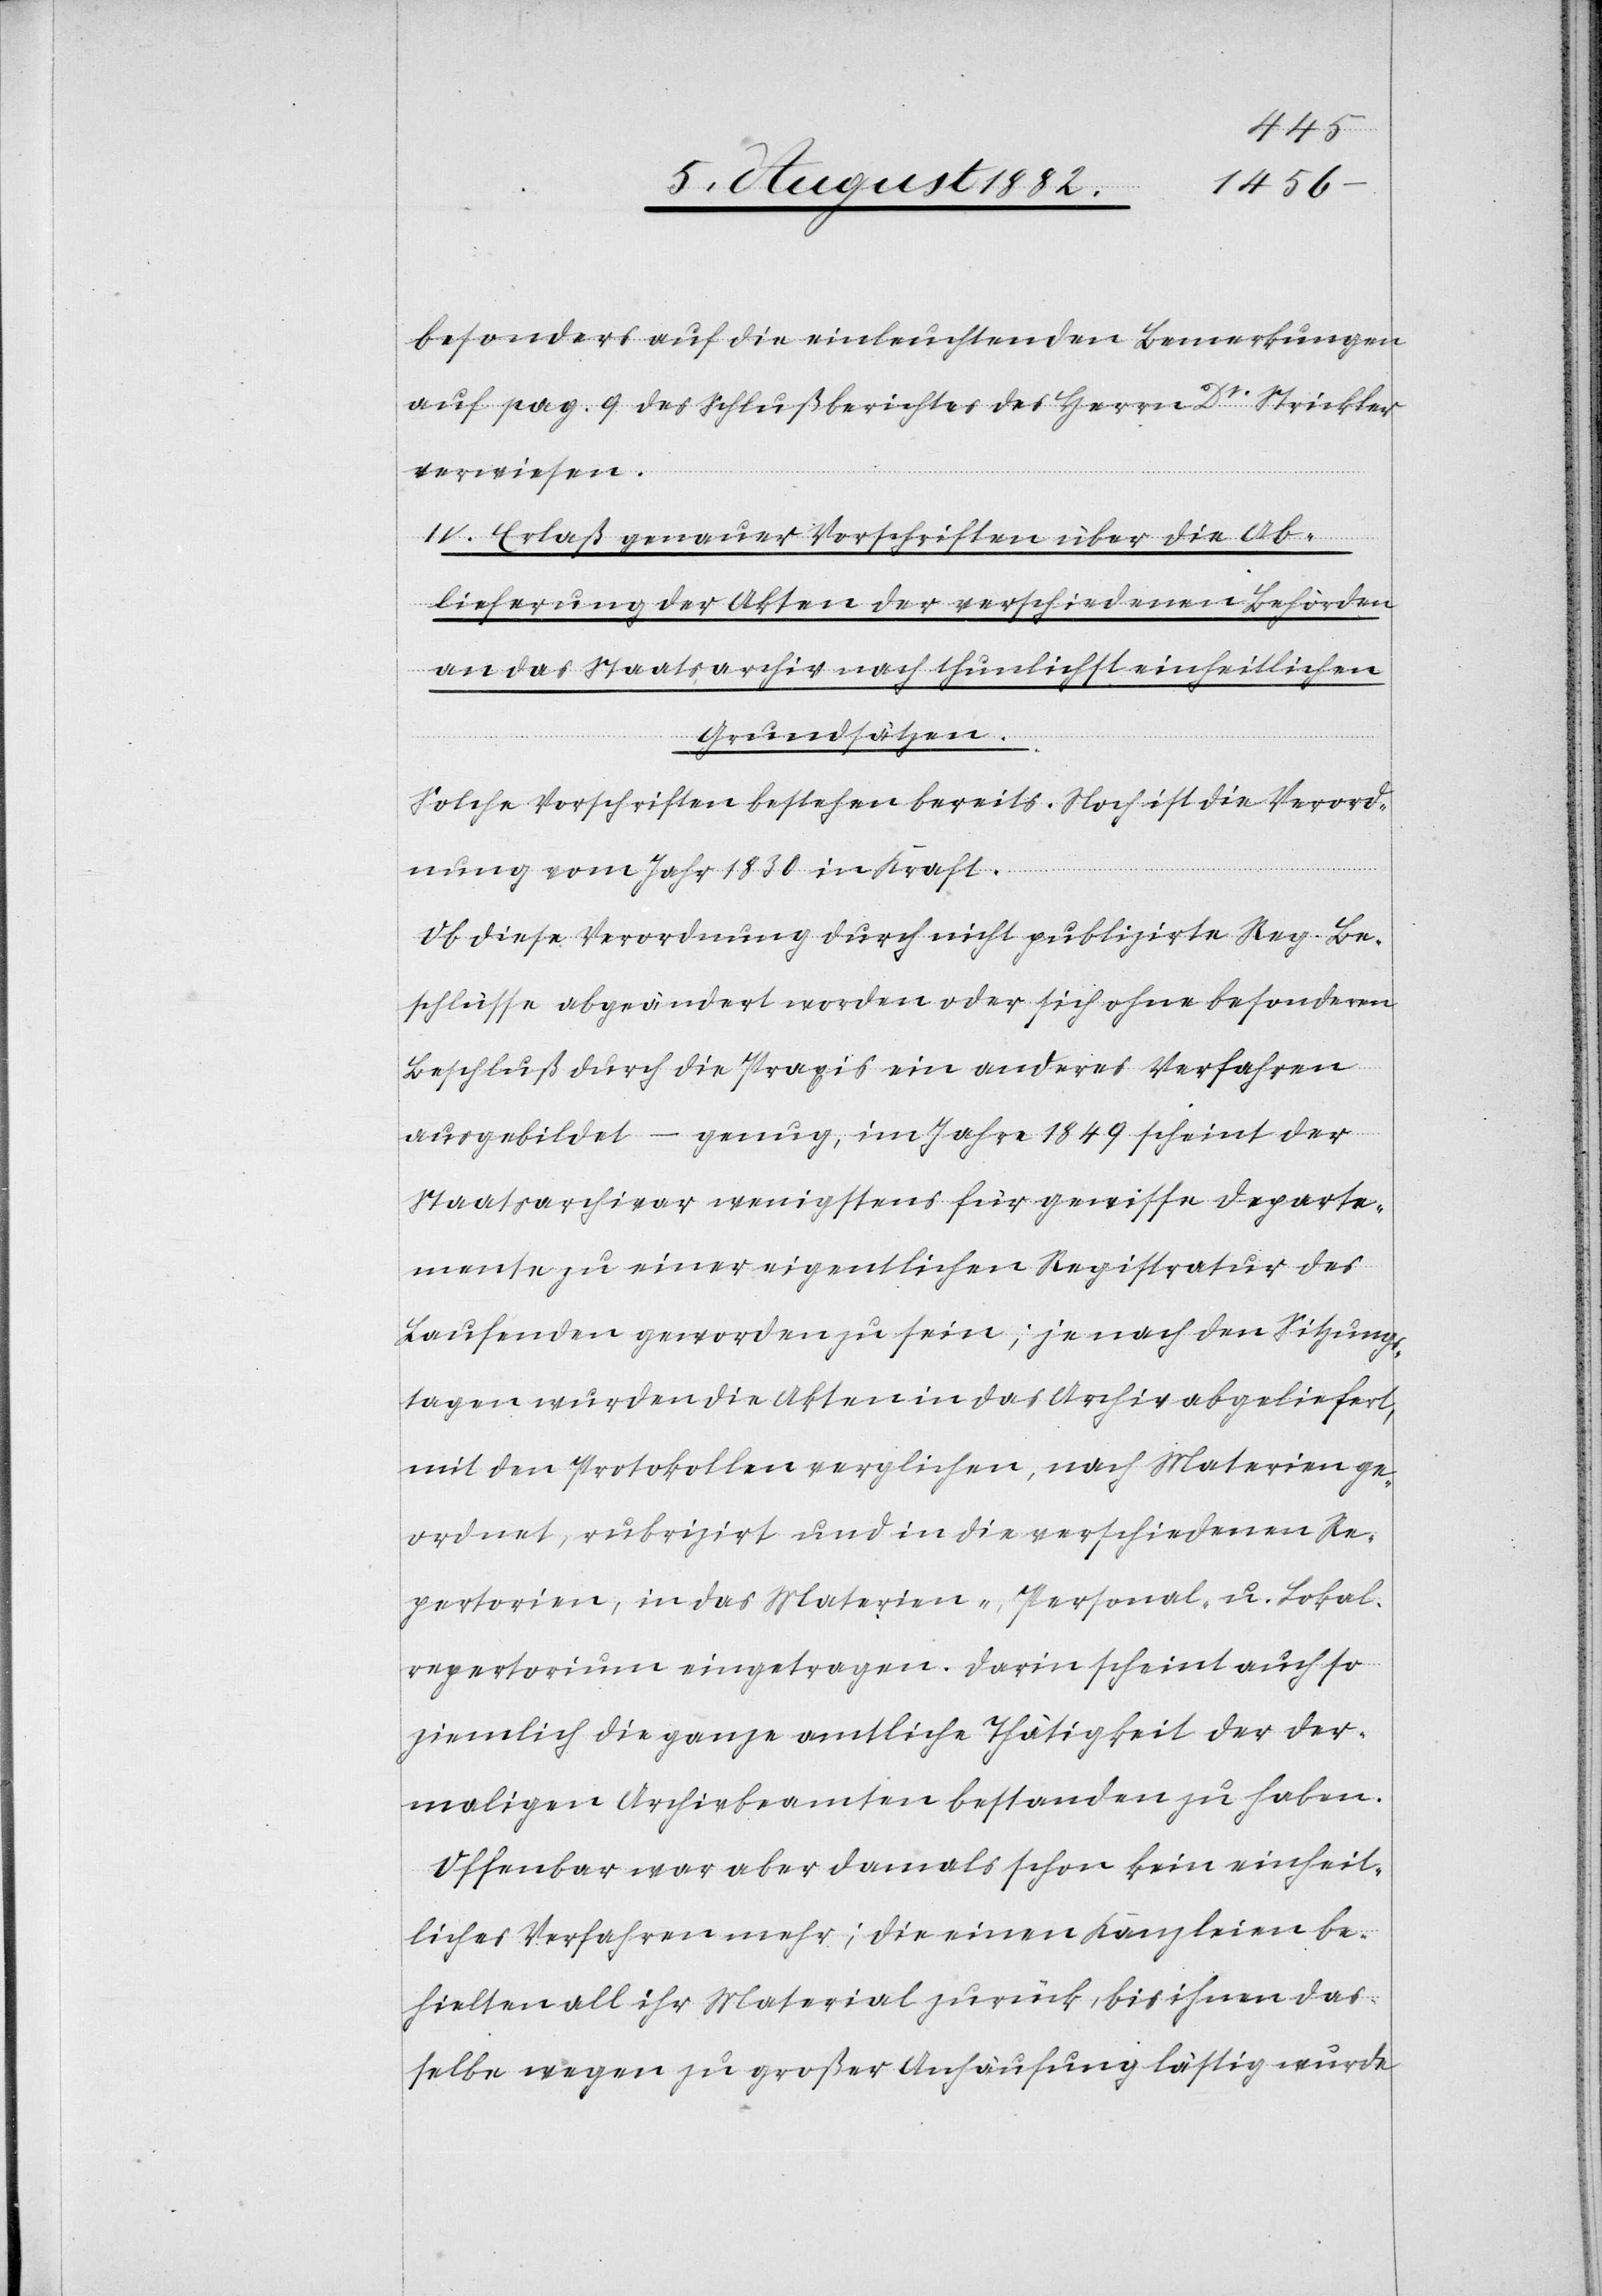
besonders auf die einleuchtenden Bemerkungen
auf pag. 9 des Schlußberichtes des Herrn Dr Strickler
verwiesen.
IV. Erlaß genauer Vorschriften über die Ab¬
lieferung der Akten der verschiedenen Behörden
an das Staatsarchiv nach thunlichst einheitlichen
Grundsätzen.
Solche Vorschriften bestehen bereits. Noch ist die Verord¬
nung vom Jahr 1830 in Kraft.
Ob diese Verordnung durch nicht publizirte Reg. Be¬
schlüsse abgeändert worden oder sich ohne besondern
Beschluß durch die Praxis ein anderes Verfahren
ausgebildet – genug, im Jahre 1849 scheint der
Staatsarchivar wenigstens für gewisse Departe¬
mente zu einer eigentlichen Registratur des
Laufenden geworden zu sein; je nach den Sitzungs¬
tagen wurden die Akten in das Archiv abgeliefert,
mit den Protokollen verglichen, nach Materien ge¬
ordnet, rubrizirt und in die verschiedenen Re¬
pertorien, in das Materien-, Personal- u. Lokal¬
repertorium eingetragen. Darin scheint auch so
ziemlich die ganze amtliche Thätigkeit der der¬
maligen Archivbeamten bestanden zu haben.
Offenbar war aber damals schon kein einheit¬
liches Verfahren mehr; die einen Kanzleien be¬
hielten all ihr Material zurück, bis ihnen das¬
selbe wegen zu großer Anhäufung lästig wurde